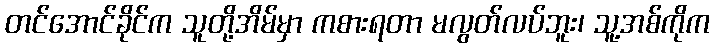
တင်အောင်ခိုင်က သူတို့အိမ်မှာ ကစားရတာ မလွတ်လပ်ဘူး၊ သူ့အစ်ကိုက